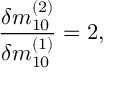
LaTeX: \frac { \delta m _ { 1 0 } ^ { ( 2 ) } } { \delta m _ { 1 0 } ^ { ( 1 ) } } = 2 ,